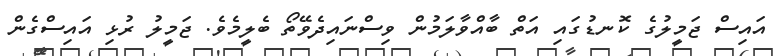
އައިސް ޖަމީލުގެ ކޮނޑުގައި އަތް ބާއްވާލަމުން ވިސްނައިދެވޭތޯ ބެލީމެވެ. ޖަމީލު ރުޅި އައިސްގެން